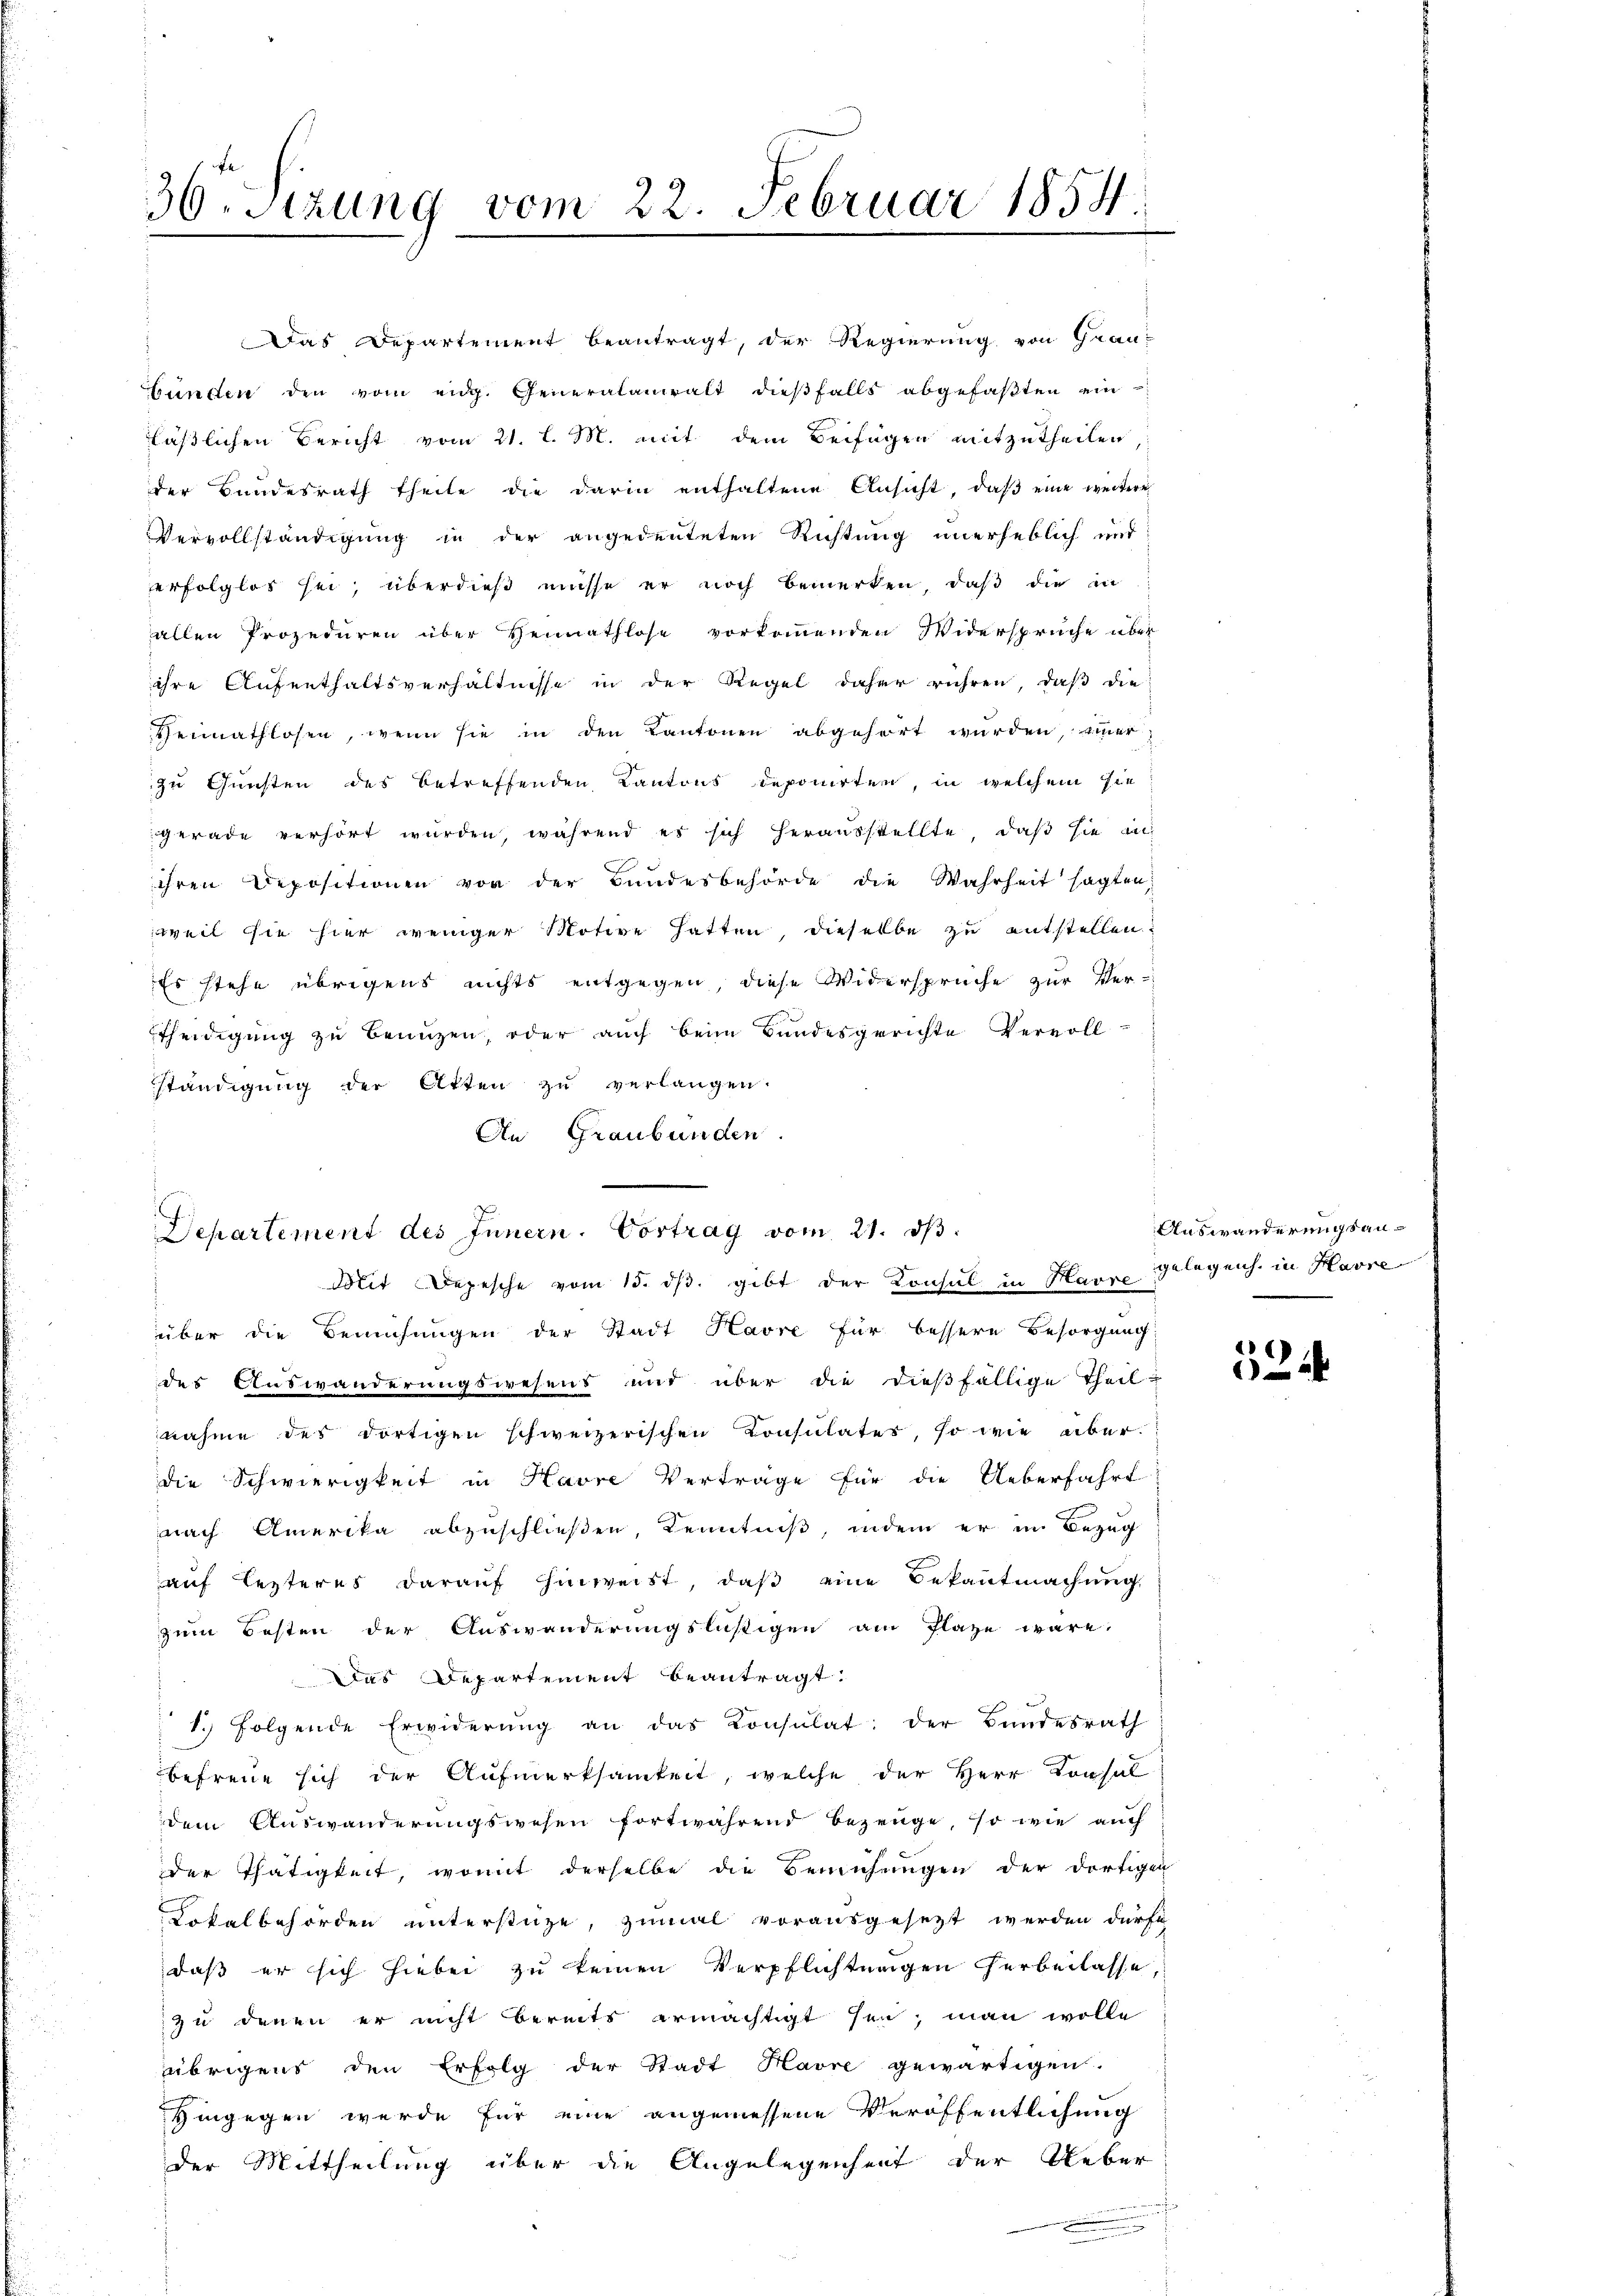
36. Sitzung vom 22. Februar 1854.

läßlichen Bericht vom 21. l. M. mit dem Beifügen mitzutheilen,
der Bundesrath theile die darin enthaltene Ansicht, daß eine weitere
Vervollständigung in der angedeuteten Richtung unerheblich und
erfolglos sei, überdieß müsse er noch bemerken, daß die in
allen Prozeduren über Heimathlose vorkommenden Widersprüche über
ihre Aufenthaltsverhältnisse in der Regel daher rühren, daß die
Reimathlosen, wenn sie in den Kantonen abgehört wurden, immer
zu Gunsten des betreffenden Kantons deponirten, in welchem sie
gerade verhört wurden, während es sich herausstellte, daß sie au
ihren Depositionen von der Bundesbehörde die Wahrheit sagten,
weil sie hier weniger Motive hatten, dieselbe zu entstellen.
Es stehe übrigens nichts entgegen, diese Widersprüche zur Ver-
Etheidigung zu benuzen, oder auch beim Bundesgerichte Vervoll
ständigung der Atten zu verlangen.
An Graubünden.
Mit Depesche vom 15. dβ. gibt der Konsul in Havre
über die Bemühungen der Stadt Havre für bessere Besorgung
des Auswanderungswesens und über die dießfällige Theil-
nahme des dortigen schweizerischen Consulates, so wie überdie Schwierigkeit in Havre Vertrage für die Ueberfahrt
nach Amerika abzuschließen, Kenntniß, indem er in Bezug
auf lezteres darauf hinweist, daß eine Bekanntmachung
zum Besten der Auswanderungsläßigen am Plaze wäre.
Das Departement beantragt:
1. Folgende Erwiderŭng an das Konsŭlat: der Bundesrath
befreue sich der Aufmerksamkeit, welche der Herr Konsul
dem Auswanderungswesen fortwährend bezeuge, so wie auch
der Thätigkeit, womit derselbe die Bemühungen der dortigen
Lokalbehörden unterstüze, zumal vorausgesezt werden dürfe,
daß er sich hiebei zu keinen Verpflichtungen herbeilasse,
zu denen er nicht bereits ermächtigt sei, man wolle
übrigens den Erfolg der Stadt Havre gewärtigen.
Hingegen wurde für eine angemessene Veröffentlichung
der Mittheilung über die Angelegenheit der Ueber

Das Departement beantragt, der Regierung von Grau-
untten den vom eidg. Generalanwalt dieβfalls abgefaβten ein

Departement des Innern. Vortrag vom 21. dβ.

Auswanderungsangelegen in Havre

524